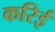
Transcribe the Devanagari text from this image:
करिई